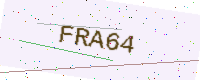
Text: FRA64